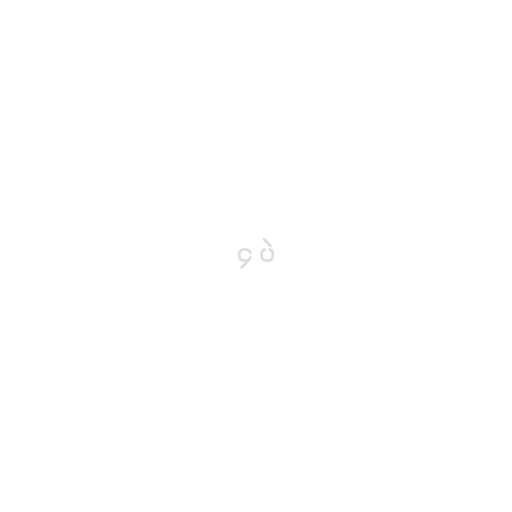
၄ ပဲ